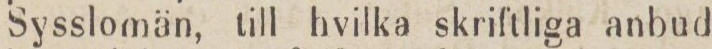
Sysslomän, till hvilka skriftliga anbud